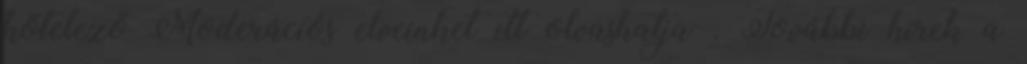
kötelező Moderációs elveinket itt olvashatja . További hírek a